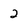
Character: 2